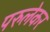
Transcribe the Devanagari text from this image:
परुलेकर